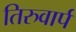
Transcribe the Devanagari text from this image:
तिरुवार्प